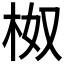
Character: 𭩯